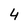
Character: 4